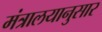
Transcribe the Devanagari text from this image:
मंत्रालयानुसार